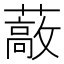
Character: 𰲈